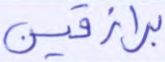
برازقين